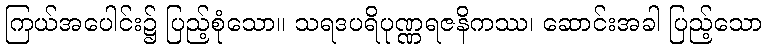
ကြယ်အပေါင်း၌ ပြည့်စုံသော။ သရဒပရိပုဏ္ဏရဇနိကဿ၊ ဆောင်းအခါ ပြည့်သော